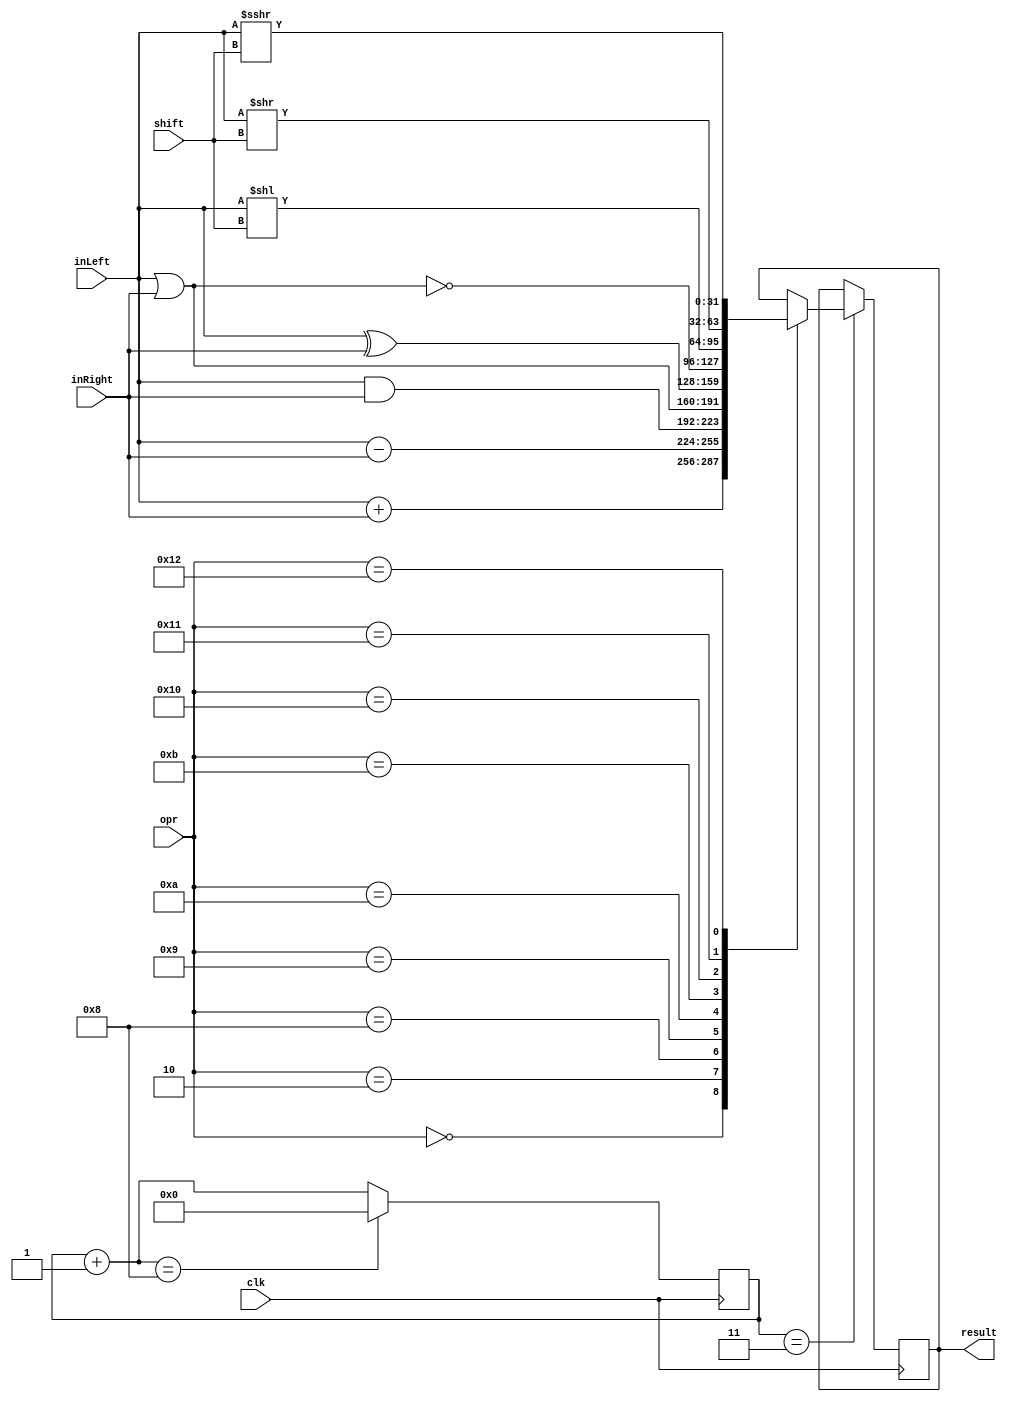
`timescale 1ns / 1ps
//////////////////////////////////////////////////////////////////////////////////
// Company:
// Engineer:
//
// Design Name:
// Module Name: alu
// Project Name:
// Target Devices:
// Tool Versions:
// Description:
//
// Dependencies:
//
// Revision:
// Revision 0.01 - File Created
// Additional Comments:
//
//////////////////////////////////////////////////////////////////////////////////


module alu(
    input clk,
    input [31:0] inLeft,
    input [31:0] inRight,
    input [5:0] opr,
    input [4:0] shift,
    output [31:0] result
    );
    reg [31:0] res;

    reg [3:0] clk_counter;

    initial begin
        clk_counter = 4'd0;
    end

    always @(posedge clk) begin
        if (clk_counter == 4'd3) begin
            case (opr)
                6'd0: begin
                    res = inLeft + inRight;
                    //$stop;
                end
                6'd2: res = inLeft - inRight;
                6'd8: res = inLeft & inRight;
                6'd9: res = inLeft | inRight;
                6'd10: begin
                    res = inLeft ^ inRight;
                    //$stop;
                end
                6'd11: res = ~(inLeft | inRight);
                6'd16: res = inLeft << shift;
                6'd17: res = inLeft >> shift;
                6'd18: res = inLeft >>> shift;
                default: begin
                    //$stop;
                end
            endcase
        end

        clk_counter = clk_counter + 4'd1;

        if (clk_counter == 4'd8) begin
            clk_counter <= 4'd0;
        end
    end

    assign result = res;

endmodule